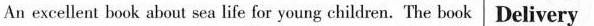
An excellent book about sea life for young children. The book Delivery